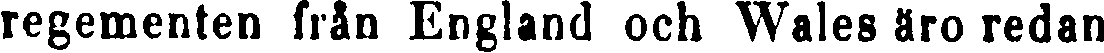
regementen från England och Wales äro redan